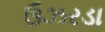
ઉઝરડા